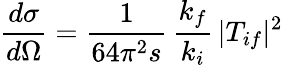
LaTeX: \frac{d\sigma}{d\Omega}=\frac{1}{64\pi^{2}s}\, \frac{k_{f}}{k_{i}}\, \vert T_{if}\vert^{2}